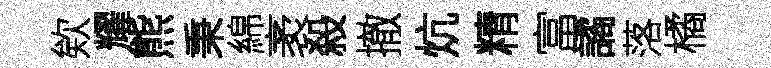
欸耀熊秉綿袤殺撤炕精富譎落橘